Annual statistical returns and brief notes on vaccination in Bengal - 1896-1909
Year: 1896
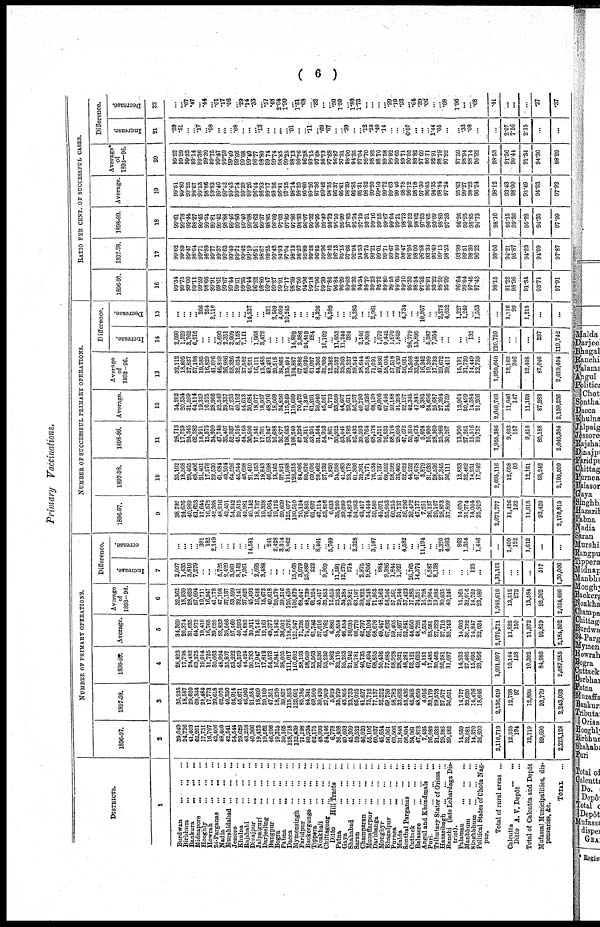
( 6 )
Primary Vaccinations.
DISTRICTS.
1
Burdwan
...
...
...
Birbhum
...
...
...
Bankura
...
...
...
Midnapore
...
...
...
Hooghly
...
...
...
Howran
...
...
...
24-Parganas ... ... ...
Nadia
...
...
...
Murshidabad
...
...
...
Jessore
...
...
...
Khulna
...
...
...
Rajshahi ... ... ...
Dinajpur
...
...
...
Jalpaiguri
...
...
...
Darjeeling ... ... ...
Bangpur ... ... ...
Bogra
...
...
...
Pabna
...
...
...
Dacca
...
...
...
Mymensingh
...
...
...
Faridpur
...
...
...
Backergunge
...
...
...
Tippera
...
...
...
Noakhali ... ... ...
Chittagong ... ... ...
Ditto
Hill Tracts
...
Patna
...
...
...
Gaya
...
...
...
Shahabad ... ... ...
Saran ... ... ...
Champaran
...
...
...
Muzaffarpur
...
...
...
Darbhanga ... ... ...
Monghyr ... ... ...
Bhagalpur ... ... ...
Purnea ... ... ...
Malda
...
...
...
Sonthal Parganas ... ... ...
Cuttack
...
...
...
Balasore
...
...
...
Angul and Khondmals
...
Puri.
...
...
...
Tributary Stater of Orissa ...
Hazaribagh
...
...
...
Ranchi (late Lohardaga Dis-
trict).
Palamau ... ... ...
Manbhum
...
...
...
Singhbhum
...
...
...
Political States of Chota Nag¬
pur.
Total of rural areas ...
Calcutta
...
...
Ditto A. V. Depôt ...
Total of Calcutta and Depôt
Mufassal Municipalities, dis-
pensaries, &c.
TOTAL ...
NUMBER OF PRIMARY OPERATIONS.
1896-97.
2
39,049
24,736
41,403
62,201
17,731
16,797
42,406
48,400
42,541
54,544
29,629
43,258
40,366
19,473
19,562
46,206
19,315
30,165
128,718
132,639
71,198
80,934
62,175
48,093
54,146
6,778
36,408
40,603
45,309
59,532
46,020
55,106
60,037
45,654
56,061
60,506
31,848
56,804
34,061
47,873
7,435
26,989
21,633
29,285
39,482
14,559
32,081
14,370
26,600
2,110,719
12,535
194
12,719
99,690
2,223,128
1897-98.
3
35,235
18,587
29,620
69,344
21,484
17,773
39,618
62,075
40,350
64,914
45,671
46,966
21,584
18,809
20,109
47,351
18,270
39,837
115,393
122,601
85,786
84,341
69,500
30,420
27,909
5,919
35,979
43,805
23,733
66,025
41,637
75,712
77,137
52,252
69,750
58,782
33,632
53,436
45,968
48,650
4,016
32,179
29,573
27,577
36,651
14,717
32,620
14,476
18,646
2,136,419
12,798
97
12,895
93,779
2,243,093
1898-99.
4
28,823
17,798
24,482
63,375
19,014
15,725
35,063
48,024
35,807
53,222
45,579
44,424
30,783
17,947
17,812
54,573
16,841
38,005
111,017
110,602
58,193
58,609
53,563
32,536
55,230
7,962
32,175
55,253
21,242
56,781
40,735
67,494
68,855
50,436
77,085
58,928
28,921
48,281
52,121
49,652
5,151
17,485
30,465
26,281
31,097
14,533
27,466
15,695
20,856
1,991,997
10,144
158
10,302
84,986
2,087,285
Average.
5
34,369
20,374
31,835
64,973
19,410
16,765
39,029
52,833
39,566
57,560
40,293
44,883
30,911
18,743
19,161
49,377
18,142
36,002
118,376
121,947
71,726
74,628
61,746
37,016
45,762
6,886
34,854
46,554
30,095
60,779
42,797
66,104
68,676
49,447
67,632
59,405
31,467
52,841
44,050
48,725
5,534
25,551
27,223
27,715
35,743
14,603
30,722
14,847
22,034
2,079,711
11,822
150
11,972
92,819
2,184,502
Average
of
1893-96.
6
32,362
18,939
28,025
57,694
19,711
16,947
41,178
47,108
37,137
53,599
32,141
37,622
45,492
16,648
15,673
49,618
20,570
39,316
126,438
106,879
68,047
48,739
61,524
45,417
35,853
12,655
23,263
34,284
29,821
63,107
39,822
56,248
71,863
48,563
58,246
57,561
29,540
57,423
17,285
34,351
16,728
19,964
19,085
30,035
40,246
15,565
32,076
14,722
23,480
1,948,610
13,312
272
13,584
92,302
2,054,496
Difference.
Increase.
7
2,007
1,435
3,810
7,279
...
...
...
5,725
2,429
3,961
8,152
7,261
...
2,095
3,488
...
...
...
...
15,068
3,679
25,889
222
...
9,909
...
11,591
12,270
274
...
2,975
9,856
... 884
9,386
1,844
1,927
...
26,765
14,374
...
5,587
8,138
...
...
...
...
125
...
1,31,101
...
...
...
517
1,30,006
Decrease.
8
...
...
...
...
301
182
2,149
...
...
...
...
...
14,581
...
... 241
2,428
3,314
8,062
...
...
...
...
8,401
...
5,769
...
...
...
2,328
...
...
3,187
...
...
...
...
4,582
...
...
11,194
...
...
2,320
4,503
962
1,354
...
1,446
...
1,490
122
1,612
...
...
NUMBER OF SUCCESSFUL PRIMARY OPERATIONS.
1896-97.
9
38,792
24,676
40,989
61,653
17,644
16,572
42,368
48,216
42,401
54,242
29,515
42,981
40,142
18,737
19,328
45,964
19,175
29,869
125,077
130,510
70,124
76,861
61,667
47,114
53,816
6,633
35,260
39,099
44,873
54,963
43,417
54,444
59,580
45,071
55,953
60,255
31,737
56,296
32,472
47,177
7,251
26,157
20,167
28,873
37,899
14,070
31,774
14,004
25,919
2,071,777
11,426
192
11,618
93,420
2,176,815
1897-98.
10
35,102
18,568
29,465
68,406
21,401
17,576
39,530
61,684
40,204
64,526
45,544
46,698
21,410
18,153
19,843
46,998
18,165
37,821
111,988
120,315
84,066
80,876
69,006
29,462
27,732
5,826
34,588
41,683
23,178
61,366
39,361
74,771
76,534
51,737
69,552
68,592
33,465
52,622
44,252
47,678
3,879
31,033
28,536
27,345
36,111
13,833
32,462
14,231
17,942
2,095,116
12,058
93
12,151
88,242
2,195,509
1898-99.
11
28,713
17,759
24,345
62,282
18,911
15,575
34,999
47,748
35,407
52,937
45,516
44,160
30,500
17,341
17,701
53,947
16,688
36,877
108,683
108,240
57,226
56,311
53,201
31,544
54,953
7,861
30,922
53,041
20,782
52,432
39,593
66,764
68,278
50,211
76,833
58,716
28,693
47,672
50,310
48,673
5,024
16,900
28,360
25,966
30,267
13,990
27,261
15,516
19,757
1,955,386
9,653
157
9,810
80,188
2,045,384
Average.
12
34,202
20,834
31,599
64,114
19,319
16,575
38,966
52,549
39,337
57,235
40,192
44,613
30,684
18,077
18,957
48,970
18,009
34,856
115,249
119,689
70,472
71,349
61,291
38,040
45,501
6,773
33,590
44,607
29,611
56,257
40,790
65,326
68,130
49,006
67,446
59,188
31,298
52,197
42,345
47,843
5,385
24,696
25,687
27,394
34,759
13,964
30,499
14,584
21,206
2,040,760
11,046
147
11,193
87,283
2,139,236
Average
of
1893 -96.
13
32,112
18,805
27,837
57,198
19,585
16,829
41,076
46,859
36,986
53,326
32,034
37,502
45,221
16,111
15,485
49,491
20,518
38,865
125,494
104,887
67,886
46,930
61,007
44,366
35,399
12,362
22,537
33,363
29,227
59,542
38,644
55,518
71,091
47,936
58,004
57,518
29,439
56,931
15,566
33,948
16,342
19,309
17,733
29,672
39,411
15,191
31,739
14,449
22,759
1,920,040
12,162
246
12,408
87,046
2,019,494
Difference.
Increase.
14
2,090
1,529
3,762
6,916
...
...
...
5,690
2,351
3,909
8,158
7,111
...
1,966
3,472
...
...
...
...
14,802
2,586
24,419
284
...
10,102
...
11,053
11,244
384
...
2,146
9,808
...
1,070
9,442
1,670
1,859
...
26,779
13,895
...
5,387
7,954
...
...
...
... 135
...
120,720
...
...
...
237
119,742
Decrease.
15
...
...
...
... 266
254
2,110
...
...
...
...
...
14,537
...
... 521
2,509
4,009
10,245
...
...
...
...
8,326
...
5,589
...
...
...
3,285
...
...
2,061
...
...
...
...
4,734
...
...
10,957
...
...
2,278
4,652
1,227
1,240
...
1,553
...
1,116
99
1,215
...
...
RATIO PER CENT. OF SUCCESSFUL CASES.
1896-97.
16
99.34
99.75
99.00
99.11
99.59
98.66
99.91
99.61
99.67
99.44
99.61
99.35
99.44
96.22
98.80
99.47
99.27
99.01
97.17
98.39
97.50
94.96
99.18
97.96
99.39
97.86
96.84
96.29
99.03
92.32
94.34
98.79
99.23
98.72
99.80
99.58
99.65
99.10
95.33
98.54
97.52
96.91
93.22
98.59
95.99
96.64
99.04
97.45
97.43
98.15
91.22
98.96
91.34
93.71
97.91
1897-98.
17
99.62
99.89
99.47
98.64
99.71
98.89
99.77
99.37
99.63
99.40
99.72
99.42
99.19
96.51
98.67
99.25
99.42
94.93
97.04
98.13
98.22
95.89
99.28
96.85
99.36
98.42
96.13
95.15
97.66
92.94
94.53
98.75
99.21
99.01
99.71
99.67
99.50
98.47
96.26
98.00
96.58
93.33
96.49
99.15
98.52
93.99
99.51
98.30
96.22
98.06
94.21
95.87
94.23
94.09
97.87
1898-99.
18
99.61
99.78
99.44
98.27
99.45
99.04
99.81
99.42
98.88
99.46
99.86
99.40
99.08
96.62
99.37
98.85
99.09
97.03
97.89
97.86
98.33
96.07
99.32
96.95
99.49
98.73
96.10
95.99
97.83
92.34
97.19
98.91
99.16
99.55
99.67
99.64
99.21
98.73
96.52
98.02
97.53
96.65
93.09
98.80
97.33
96.26
99.25
98.85
94.73
98.16
95.15
99.36
95.22
94.35
97.99
Average.
19
99.51
99.80
99.25
98.67
99.53
98.86
99.83
99.46
99.42
99.43
99.74
99.39
99.26
96.44
98.93
99.17
99.26
96.81
97.35
98.14
98.25
95.60
99.26
97.36
99.42
98.35
96.37
95.81
98.39
92.55
95.31
98.82
99.20
99.10
99.72
99.63
99.46
98.78
96.12
98.18
97.30
96.65
94.35
98.84
97.24
95.63
99.27
98.22
96.24
98.12
93.43
98.00
93.49
94.03
97.92
Average.
of
1893—96.
20
99.22
99.29
99.82
99.14
99.36
99.30
99.75
99.47
99.59
99.49
99.66
99.68
99.40
96.77
98.80
99.74
99.74
98.85
99.25
98.13
99.76
96.28
99.15
97.68
98.73
97.68
96.87
97.31
98.00
94.35
97.04
98.70
98.92
98.70
99.58
99.92
99.65
99.71
90.05
98.82
97.69
96.71
92.91
98.79
97.92
97.59
98.94
98.14
96.92
98.53
91.36
90.44
91.34
94.30
98.29
Difference.
Increase.
21
.29
.51
...
...
.17
... .08
...
...
...
.08
...
...
... .13
...
...
...
... .01
...
...
.11
... .69
.67
...
... .39
...
... .12
.28
.40
.14
...
...
...
6.07
...
...
...
1.44
.05
...
... .33
.08
...
...
2.07
7.56
2.15
...
...
Decrease.
22
...
... .07
.47
... .44
... .01
.17
.06
... .29
.14
.33
... .57
.48
2.04
1.90
...
1.51
.68
...
.32
...
... .50
1.50
...
l.80
1.73
...
...
...
... .29
.19
.93
... .64
.39
.06
...
...
.68
1.96
...
...
.68
.41
...
...
...
.27
.37